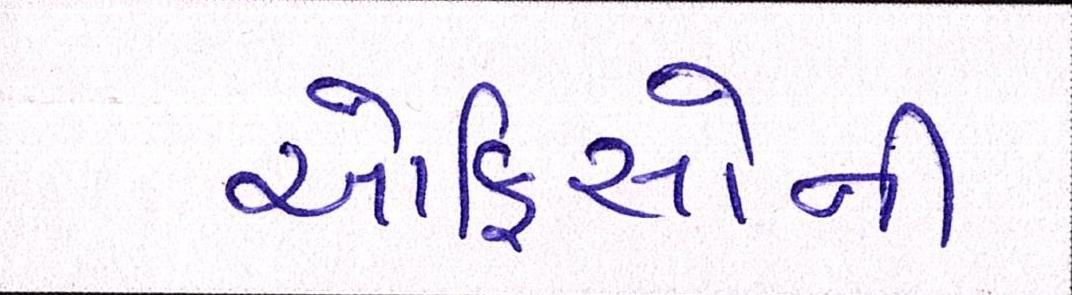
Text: ઓફિસોની